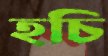
হচি